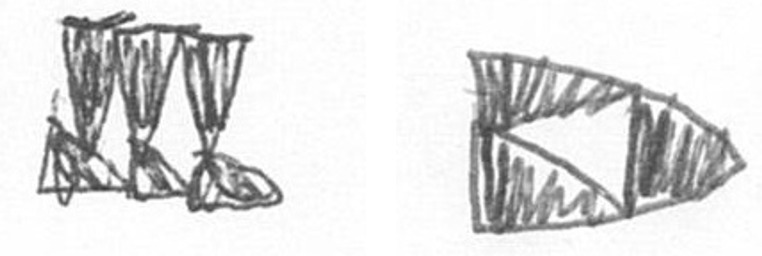
D K